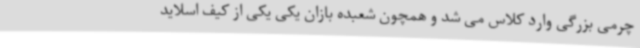
چرمی بزرگی وارد کلاس می شد و همچون شعبده بازان یکی یکی از کیف اسلاید